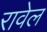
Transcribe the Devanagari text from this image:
रावेल